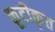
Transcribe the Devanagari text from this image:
कूटीकृत